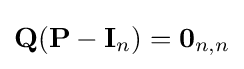
\mathbf {Q} (\mathbf {P} -\mathbf {I} _{n})=\mathbf {0} _{n,n}